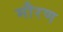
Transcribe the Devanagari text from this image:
मौरण